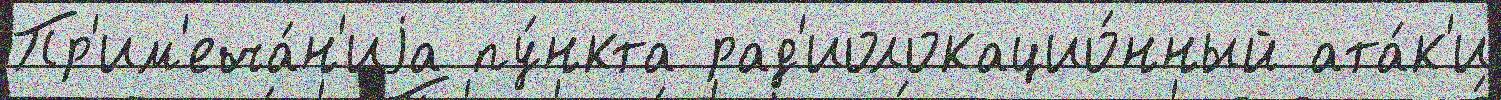
Пр'им'еча́н'иjа пу́нкта рад'иолокацио́нный ата́к'и